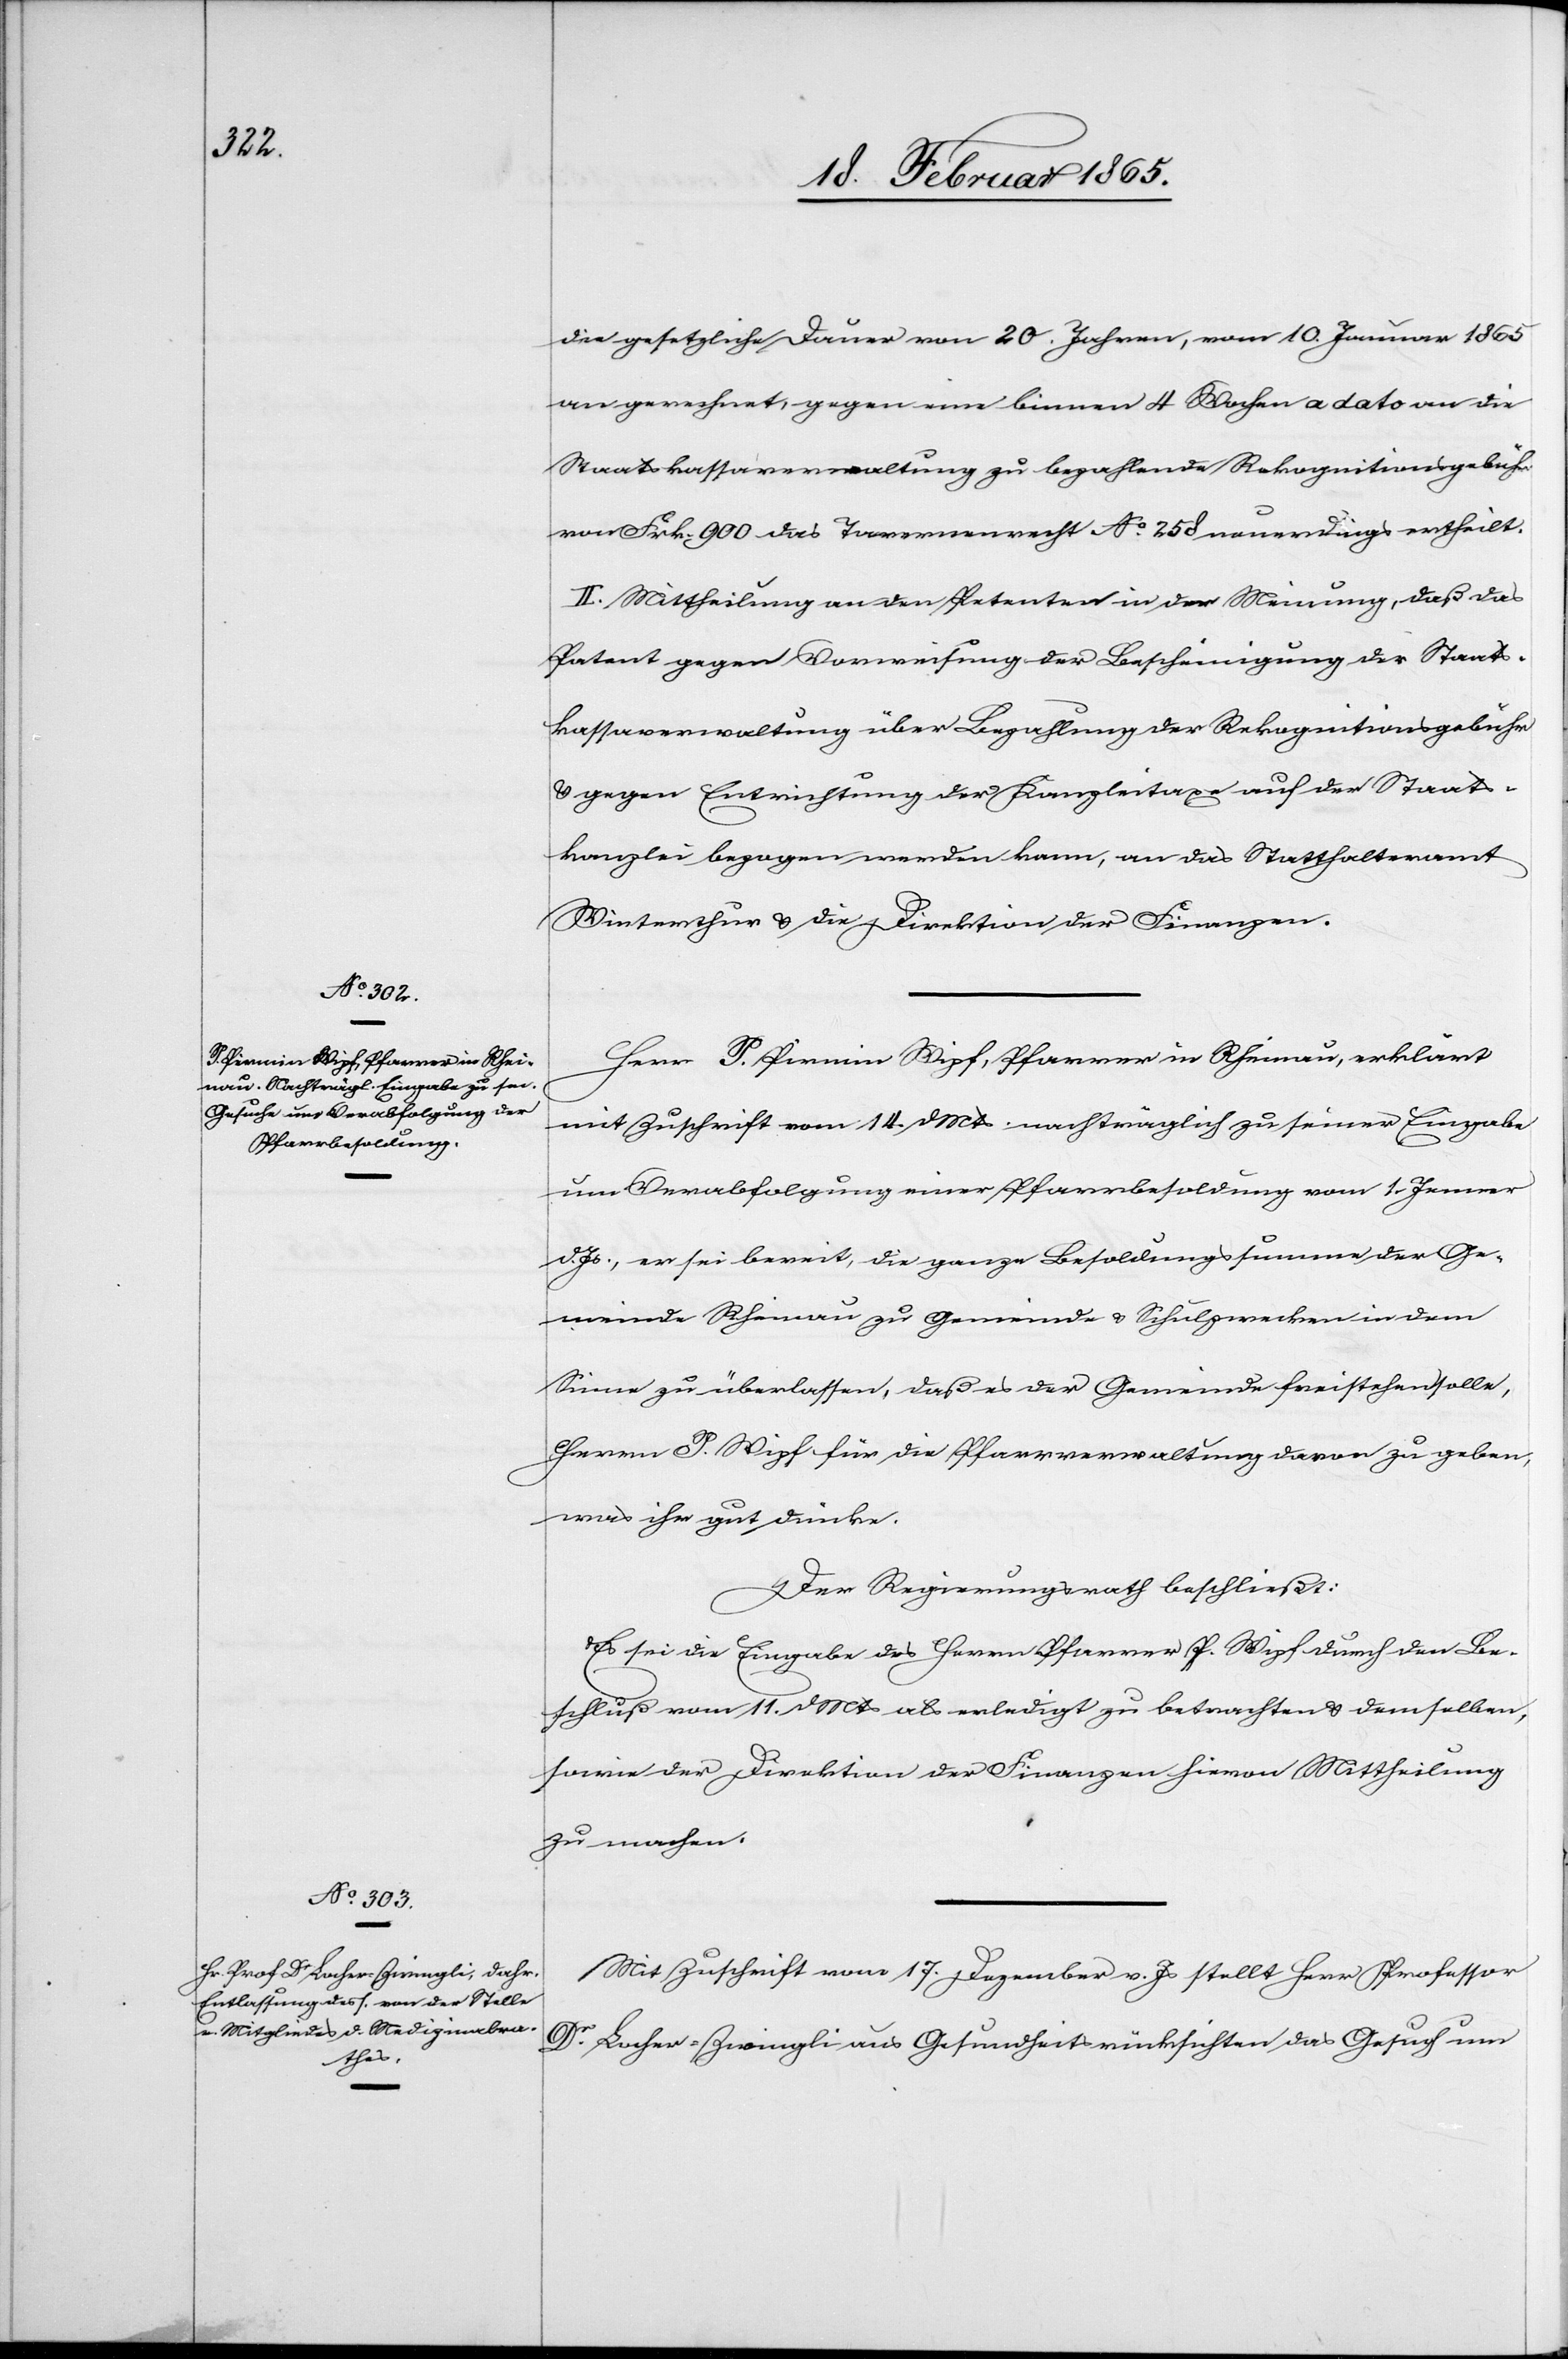
die gesetzliche Dauer von 20 Jahren, vom 10. Januar 1865
an gerechnet, gegen eine binnen 4 Wochen a dato an die
Staatskassaverwaltung zu bezahlende Rekognitionsgebühr
von Fkr. 900 das Tavernenrecht No 258 neuerdings ertheilt.
II. Mittheilung an den Petenten in der Meinung, daß das
Patent gegen Vorweisung der Beschenigung der Staats¬
kassaverwaltung über Bezahlung der Rekognitionsgebühr
u. gegen Entrichtung der Kanzleitaxe auf der Staats¬
kanzlei bezogen werden kann, an das Statthalteramt
Winterthur u. die Direktion der Finanzen.
Herr P. Pirmin Wipf, Pfarrer in Rheinau, erklärt
mit Zuschrift vom 14. d Mts nachträglich zu seiner Eingabe
um Verabfolgung einer Pfarrbesoldung vom 1. Jenner
d. Js., er sei bereit, die ganze Besoldungssumme der Ge¬
meinde Rheinau zu Gemeinde u. Schulzwecken in dem
Sinne zu überlassen, daß es der Gemeinde freistehen solle,
Herrn P. Wipf für die Pfarrverwaltung davon zu geben,
was ihr gut dünke.
Der Regierungsrath beschließt:
Es sei die Eingabe des Herrn Pfarrer P. Wipf durch den Be¬
schluß vom 11. d Mts als erledigt zu betrachten u. demselben,
sowie der Direktion der Finanzen hievon Mittheilung
zu machen.
Mit Zuschrift vom 17. Dezember v. Js stellt Herr Professor
Dr Locher-Zwingli aus Gesundheitsrücksichten das Gesuch um